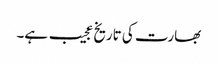
بھارت کی تاریخ عجیب ہے۔